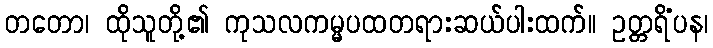
တတော၊ ထိုသူတို့၏ ကုသလကမ္မပထတရားဆယ်ပါးထက်။ ဥတ္တရိံပန၊